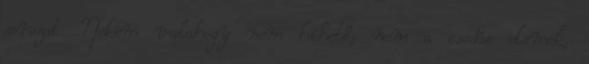
sorozat. Nekem valahogy nem hihető, nem a csodás elemek,